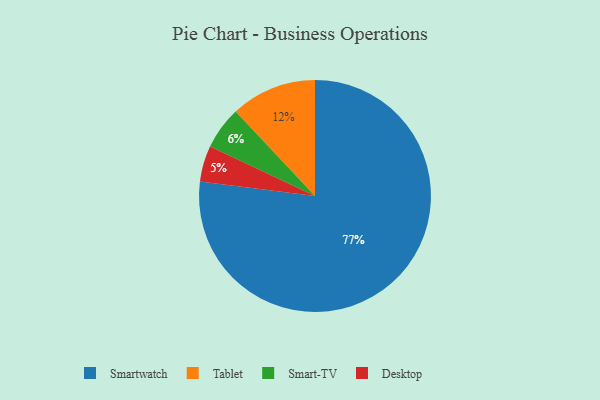
{"axis": {"x": "Category", "y": "Percentage"}, "legend": ["Desktop", "Smart-TV", "Smartwatch", "Tablet"], "data": [{"x": "Tablet", "y": 12, "type": "Tablet"}, {"x": "Smart-TV", "y": 6, "type": "Smart-TV"}, {"x": "Desktop", "y": 5, "type": "Desktop"}, {"x": "Smartwatch", "y": 77, "type": "Smartwatch"}]}